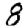
Digit: 8